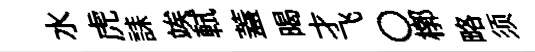
水虎誄竢軾蓋暍才飞〇槨略须